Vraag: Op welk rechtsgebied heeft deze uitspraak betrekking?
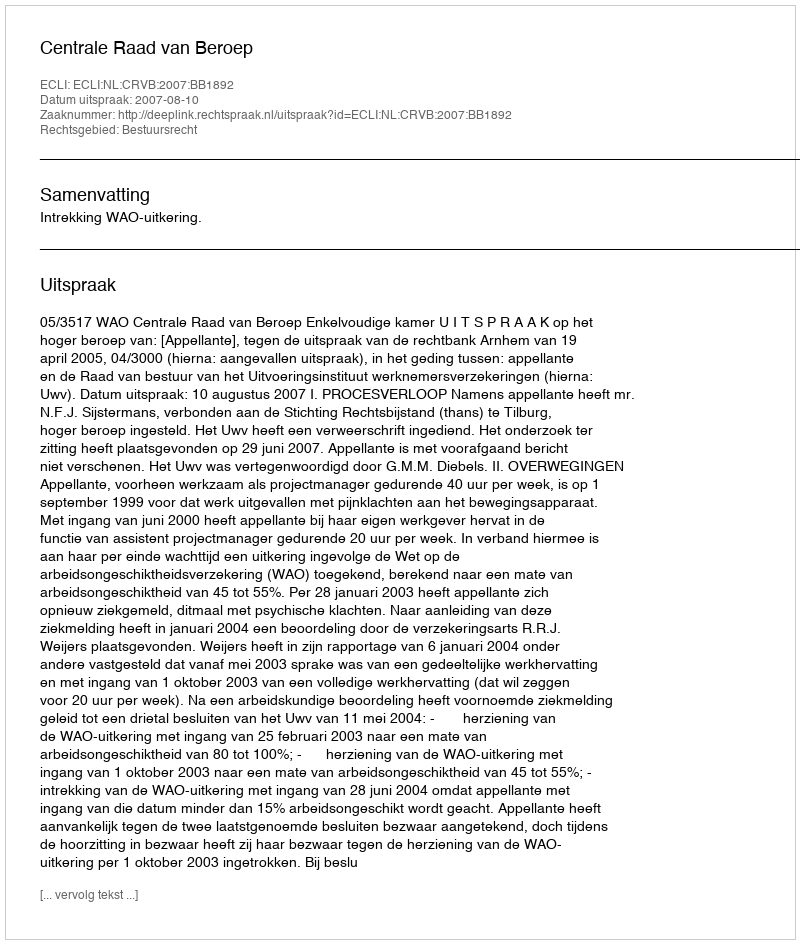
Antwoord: Bestuursrecht